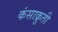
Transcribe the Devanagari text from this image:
कंसाक्रुती